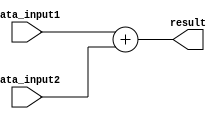
module Adder (
    input [31:0] data_input1,
    input [31:0] data_input2,
    output reg [31:0] result
);

always @* begin
    result = data_input1 + data_input2;
end

endmodule